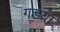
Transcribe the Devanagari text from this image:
गडवा